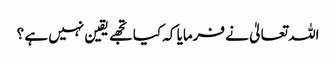
اللہ تعالیٰ نے فرمایا کہ کیا تجھے یقین نہیں ہے ؟